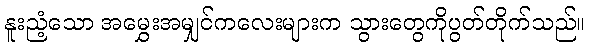
နူးညံ့သော အမွှေးအမျှင်ကလေးများက သွားတွေကိုပွတ်တိုက်သည်။